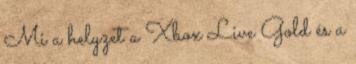
Mi a helyzet a Xbox Live Gold és a